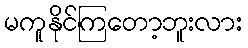
မကူနိုင်ကြတော့ဘူးလား